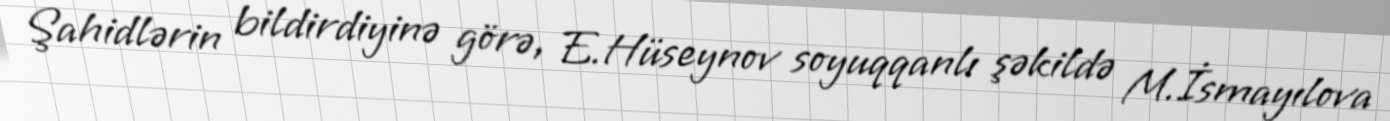
Şahidlərin bildirdiyinə görə, E.Hüseynov soyuqqanlı şəkildə M.İsmayılova